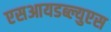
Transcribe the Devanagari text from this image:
एसआयडब्ल्युएस